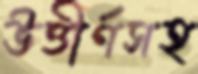
উত্তীর্ণসহ